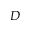
D